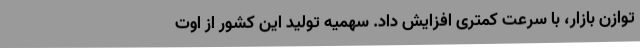
توازن بازار، با سرعت کمتری افزایش داد. سهمیه تولید این کشور از اوت